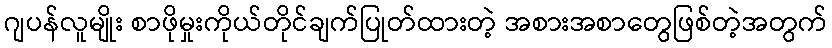
ဂျပန်လူမျိုး စာဖိုမှုးကိုယ်တိုင်ချက်ပြုတ်ထားတဲ့ အစားအစာတွေဖြစ်တဲ့အတွက်